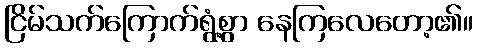
ငြိမ်သက်ကြောက်ရွံ့စွာ နေကြလေတော့၏။